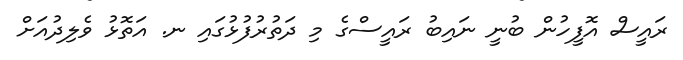
ރައީސް އޮފީހުން ބުނީ ނައިބު ރައީސްގެ މި ދަތުރުފުޅުގައި ނ. އަތޮޅު ވެލިދުއަށް